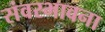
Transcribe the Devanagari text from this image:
संवरभावना